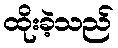
ထိုးခဲ့သည်